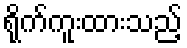
ရိုက်ကူးထားသည့်